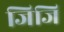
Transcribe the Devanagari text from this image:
जिजि